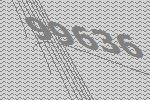
99636